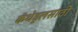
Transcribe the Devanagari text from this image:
कॅथेड्रलसाठी